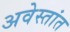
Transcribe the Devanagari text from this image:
अवेस्तांत